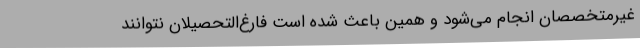
غیرمتخصصان انجام می‌شود و همین باعث شده است فارغ‌التحصیلان نتوانند